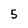
Character: 5